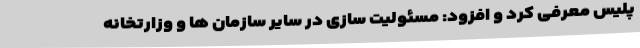
پلیس معرفی کرد و افزود: مسئولیت سازی در سایر سازمان ها و وزارتخانه